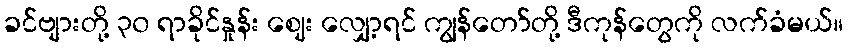
ခင်ဗျားတို့ ၃၀ ရာခိုင်နှုန်း ဈေး လျှော့ရင် ကျွန်တော်တို့ ဒီကုန်တွေကို လက်ခံမယ်။